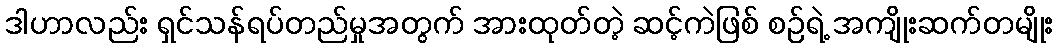
ဒါဟာလည်း ရှင်သန်ရပ်တည်မှုအတွက် အားထုတ်တဲ့ ဆင့်ကဲဖြစ် စဉ်ရဲ့ အကျိုးဆက်တမျိုး